Source: Handwritten
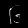
Digit: ၆ (6)